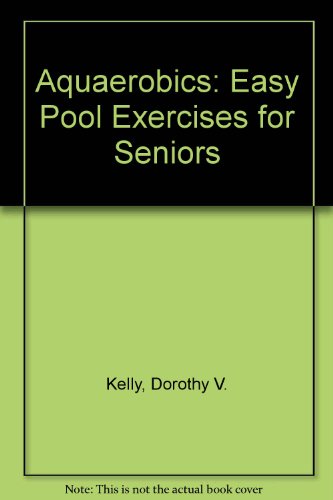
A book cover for Aquaerobics, Sr.: Easy Pool Exercises for Seniors; Dorothy V. Kelly; Health, Fitness & Dieting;